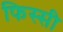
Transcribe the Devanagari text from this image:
फिस्सी